Scottish Leaving Certificate Examination, 1956
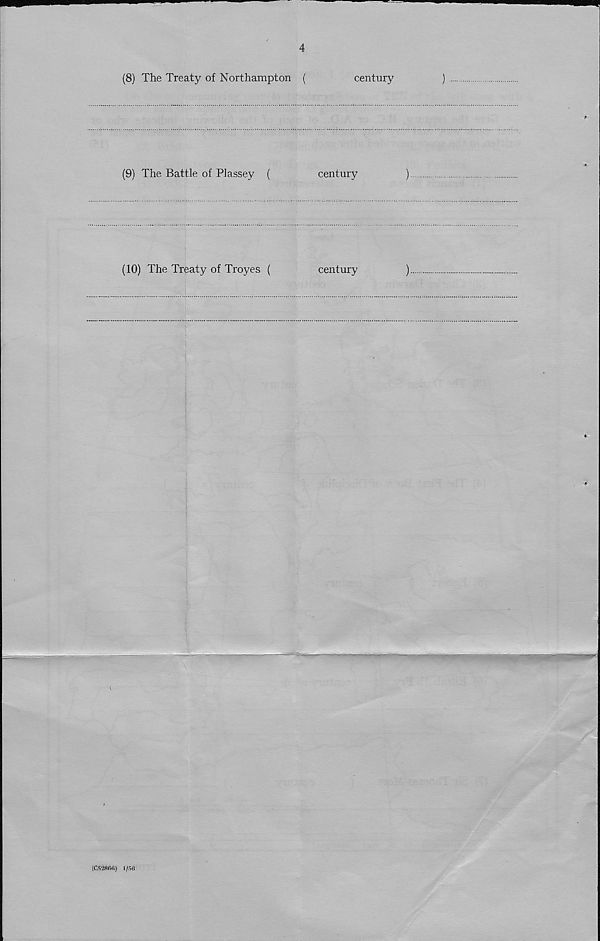
4
(8) The Treaty of Northampton (
century
)
(9) The Battle of Plassey (
century
)
(10) The Treaty of Troyes (
century
)
(C52806) 1 /5fi